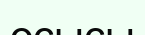
осысы